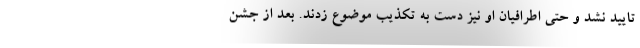
تایید نشد و حتی اطرافیان او نیز دست به تکذیب موضوع زدند. بعد از جشن